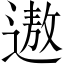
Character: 遨